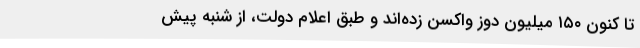
تا کنون ۱۵۰ میلیون دوز واکسن زده‌اند و طبق اعلام دولت، از شنبهٔ پیش